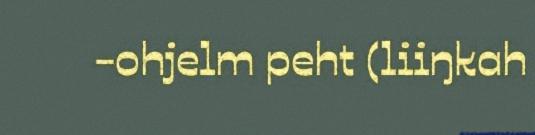
-ohjelm peht (liiŋkah